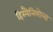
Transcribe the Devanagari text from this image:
हिस्पैनियोला